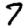
Digit: 7